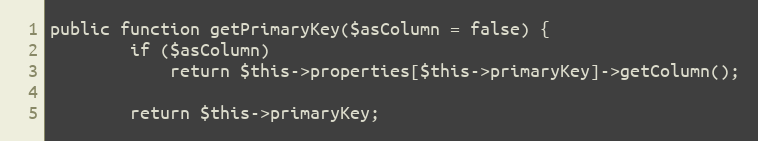
Language: PHP
public function getPrimaryKey($asColumn = false) {
		if ($asColumn)
			return $this->properties[$this->primaryKey]->getColumn();

		return $this->primaryKey;